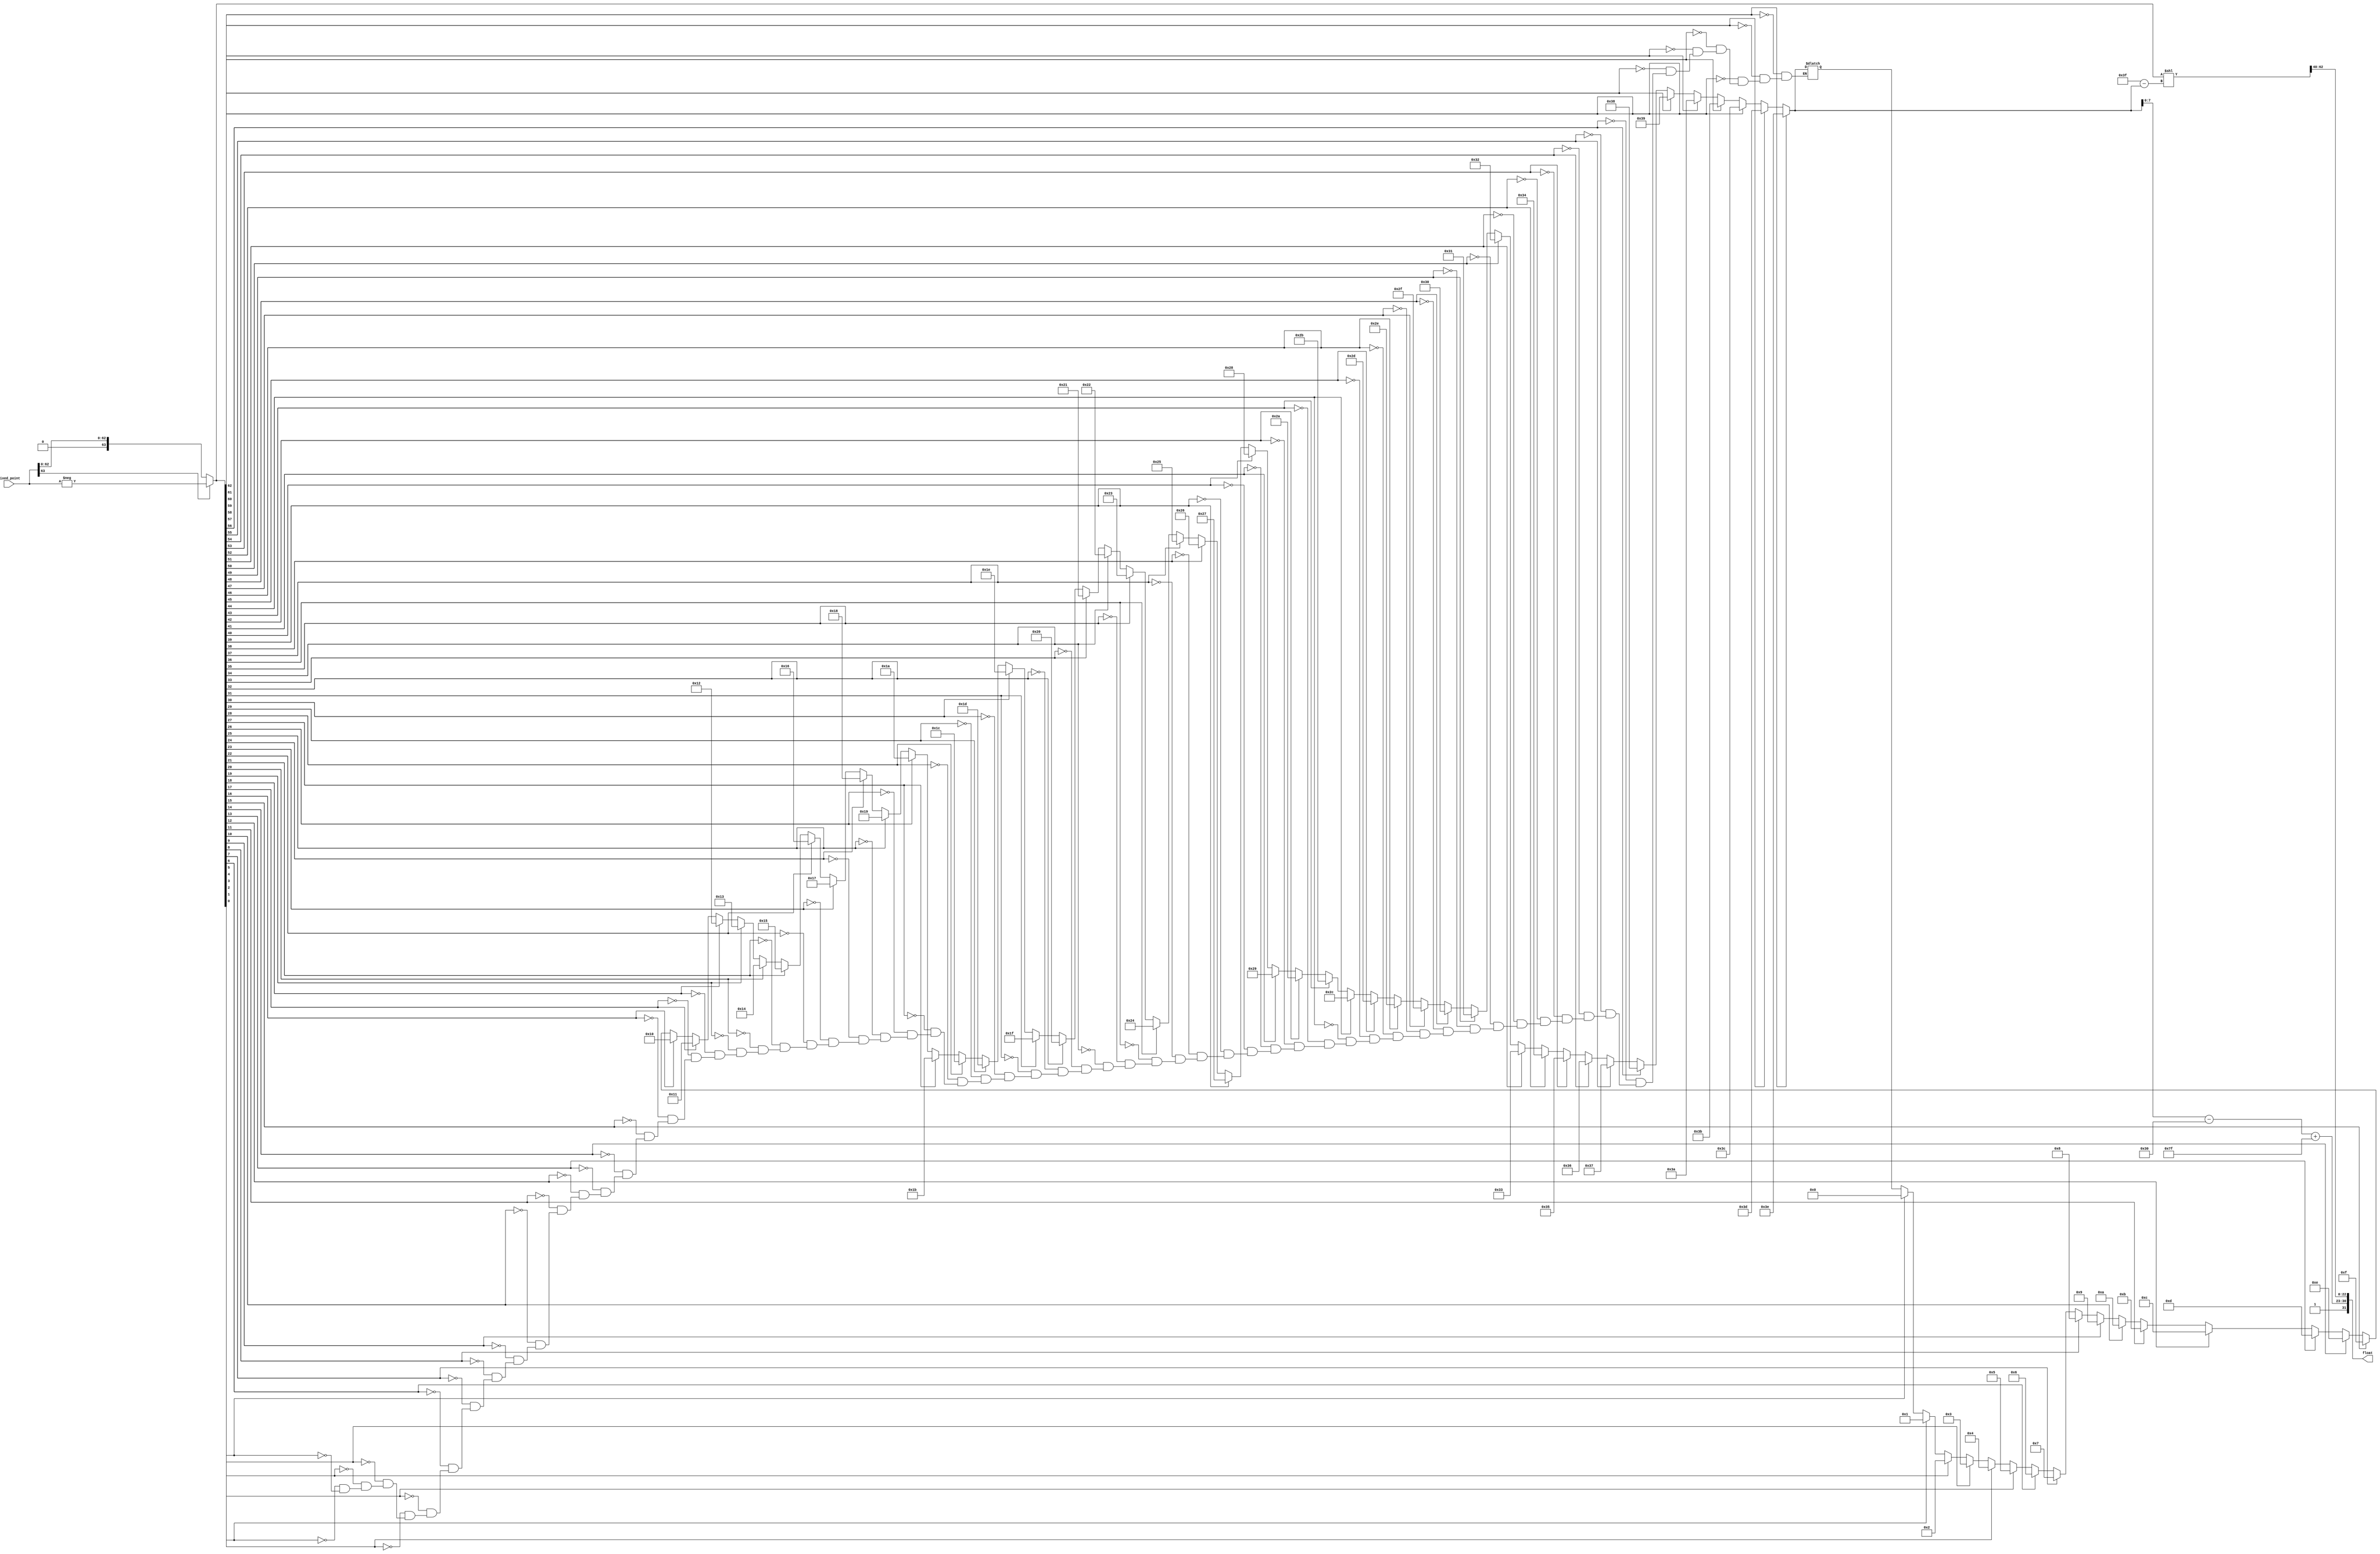
`timescale 1ns / 1ps
//////////////////////////////////////////////////////////////////////////////////
// Company: 
// Engineer: 
// 
// Design Name: 
// Module Name: Fixed_to_Float
// Project Name: 
// Target Devices: 
// Tool Versions: 
// Description: 
// 
// Dependencies: 
// 
// Revision:
// Revision 0.01 - File Created
// Additional Comments:
// 
//////////////////////////////////////////////////////////////////////////////////


module Fixed_to_Float(
    input [63:0] fixed_point,
    output reg [31:0] float 
    );
    
    reg [63:0] fx;         //fixed point      
    reg sign = 0;          //floating point sign
    reg [7:0] fl_e;        // floating point exponent
    reg [22:0] fl_m;       // floating point mantissa
    integer i, index;
    
 initial begin
    fx = fixed_point;
    if (fx[63] == 1) begin
        sign = 1;
        fx = -fx; //2's complement
    end
    for(i = 0; i < 63; i = i+1) begin
        
        if(fx[i] == 1) begin
            index = i;
        end
    end
    
    fl_e = (index - 48) + 127; // gives exponent value
    fx = fx << (63 - index); // moves mantissa to front of fx
    fl_m = fx[62:40];
    
    float = {sign, fl_e, fl_m}; // combines all into float
    
   
   end
endmodule